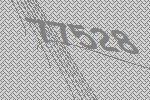
77528